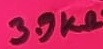
Text: 3.9KΩ